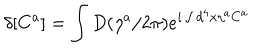
LaTeX: \delta [ C ^ { a } ] = \int D ( \eta ^ { a } / 2 \pi ) e ^ { i \int d ^ { 4 } x \eta ^ { a } C ^ { a } }